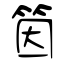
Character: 筃